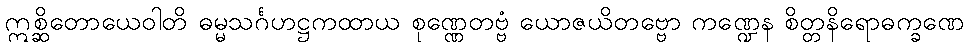
ဣစ္ဆိတောယေဝါတိ ဓမ္မသင်္ဂဟဋ္ဌကထာယ စုဏ္ဏေတဗ္ဗံ ယောဇယိတဗ္ဗော ကဏ္ဍေန စိတ္တနိရောဓက္ခဏေ